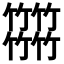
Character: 𥷹